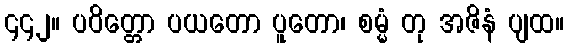
၄၄၂။ ပဝိတ္တော ပယတော ပူတော၊ စမ္မံ တု အဇိနံ ပျထ။